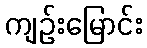
ကျဉ်းမြောင်း